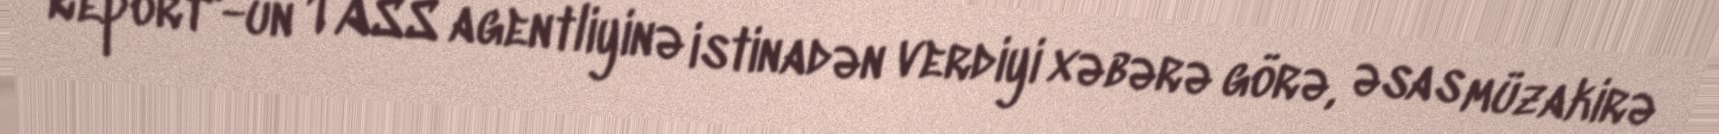
Report"-un TASS agentliyinə istinadən verdiyi xəbərə görə, əsas müzakirə